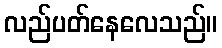
လည်ပတ်နေလေသည်။